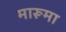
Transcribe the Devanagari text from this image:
मारूमा